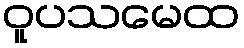
ဝူပသမေထ